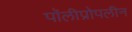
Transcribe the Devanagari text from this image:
पॉलीप्रोपलीन